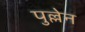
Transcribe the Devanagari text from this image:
पुल्लेन